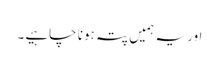
اور یہ ہمیں پتہ ہونا چاہیے۔